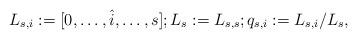
LaTeX: \begin{align*}L_{s,i}:=[0,\dots,\hat{i},\dots,s]; L_{s}:=L_{s,s};q_{s,i}:=L_{s,i}/L_{s},\end{align*}